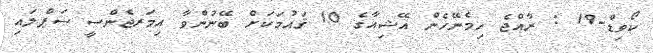
ކޯވިޑް-19 : ރާއްޖެ ހިމެނޭހެން އޭޝިއާގެ 10 ޤައުމަކަށް ބޭނުންވާ އިމަރޖެންސީ ސަޕްލައި